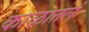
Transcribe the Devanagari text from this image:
काळातलं